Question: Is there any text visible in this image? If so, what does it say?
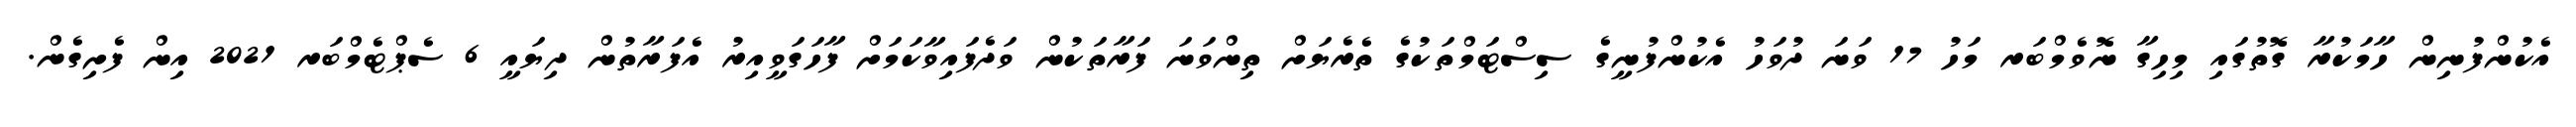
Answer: އެކުންފުނިން ހާމަކުރާ ގޮތުގައި މިހިގާ ނޮވެމްބަރ މަހު 17 ވަނަ ދުވަހު އެކުންފުނީގެ ސިސްޓަމްތަކުގެ ތެރެޔަށް ތިންވަނަ ފަރާތަކުން ވަދެފައިވާކަމަށް ފާހަގަވީއިރު އެފަރާތުން ދިޔައީ 6 ސެޕްޓެމްބަރ 2021 އިން ފެށިގެން.